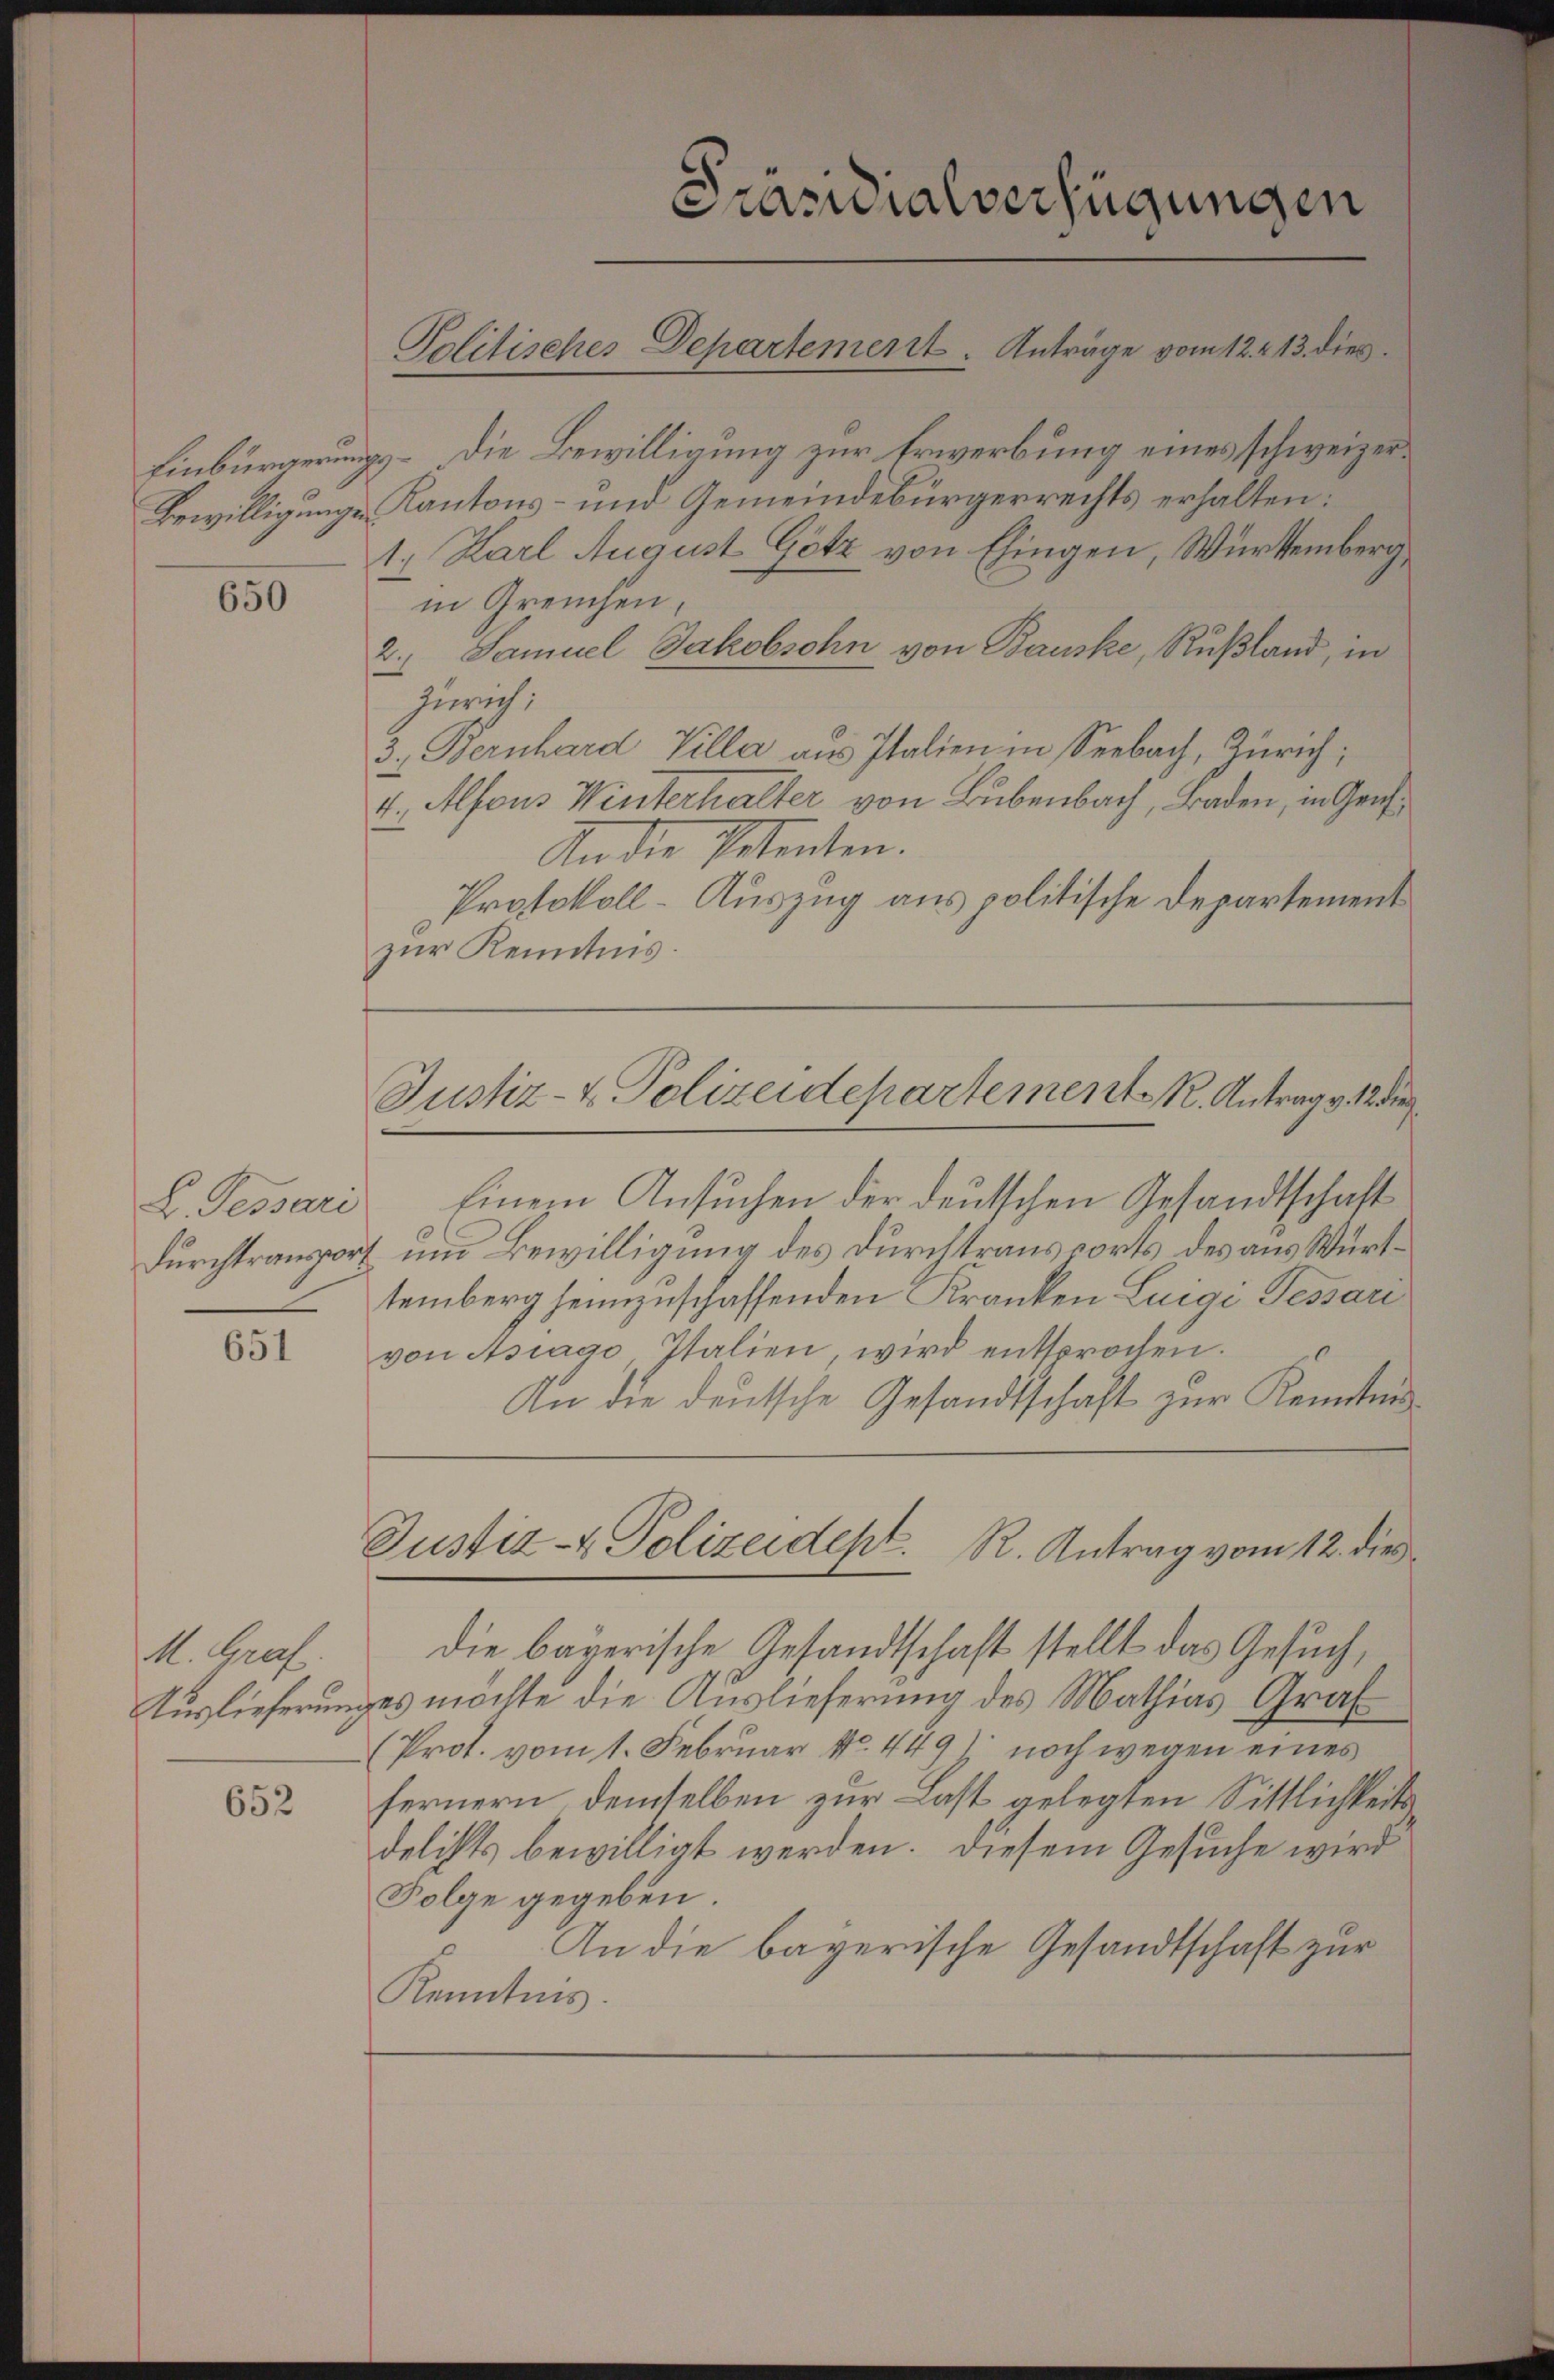
Einbürgerung
Bewilligungen

650

L. Dessari
Durchtranspor

651

1. Graf.
Auslieferung

652

& Die Bewilligung zur Erwerbung eines schweizer¬
Kantons- und Gemeindebürgerrechts erhalten:
1. Karl August Götz von Eingen, Würtemberg
in Greuchen,
2. Samuel Jakobschn von Bauske, Rußland, in
Zürich;
3. Bernhard Villa aus Italien in Seebach, Zürich;
4., Alfons Winterhalter von Bubenbach, Baden, in Grus
An die Petenten.
Protokoll-Auszug aus politische Departement
zur Kenntnis.
Einem Ansuchen der deutschen Gesandtschaft
um Bewilligung des Durchtraus dorts des aus Württemberg heimzuschaffenden Kranken Luigi Tessari
von Asiano, Italien wird entsprochen.
An die deutsche Gesandtschaft zŭr Kenntnis
Justiz- & Polizeidept. R. Antrag vom 12. dies
die bayerische Gesandtschaft stellt das Gesuch,
es möchte die Auslieferung des Mathias Graf
(Prot. vom 1. Februar No. 449) noch wegen eines
fernern demselben zur Last gelegten Sittlichkeits
delichts bewilligt werden. Diesem Gesuche wird
Folge gegeben.
An die bayerische Gesandtschaft zur
Kenntnis.

Präsidialverfügungen
Politisches Departement. Anträge vom 12. 13. dies

Justiz- & Polizeidepartement K. Antrag v. 12 die